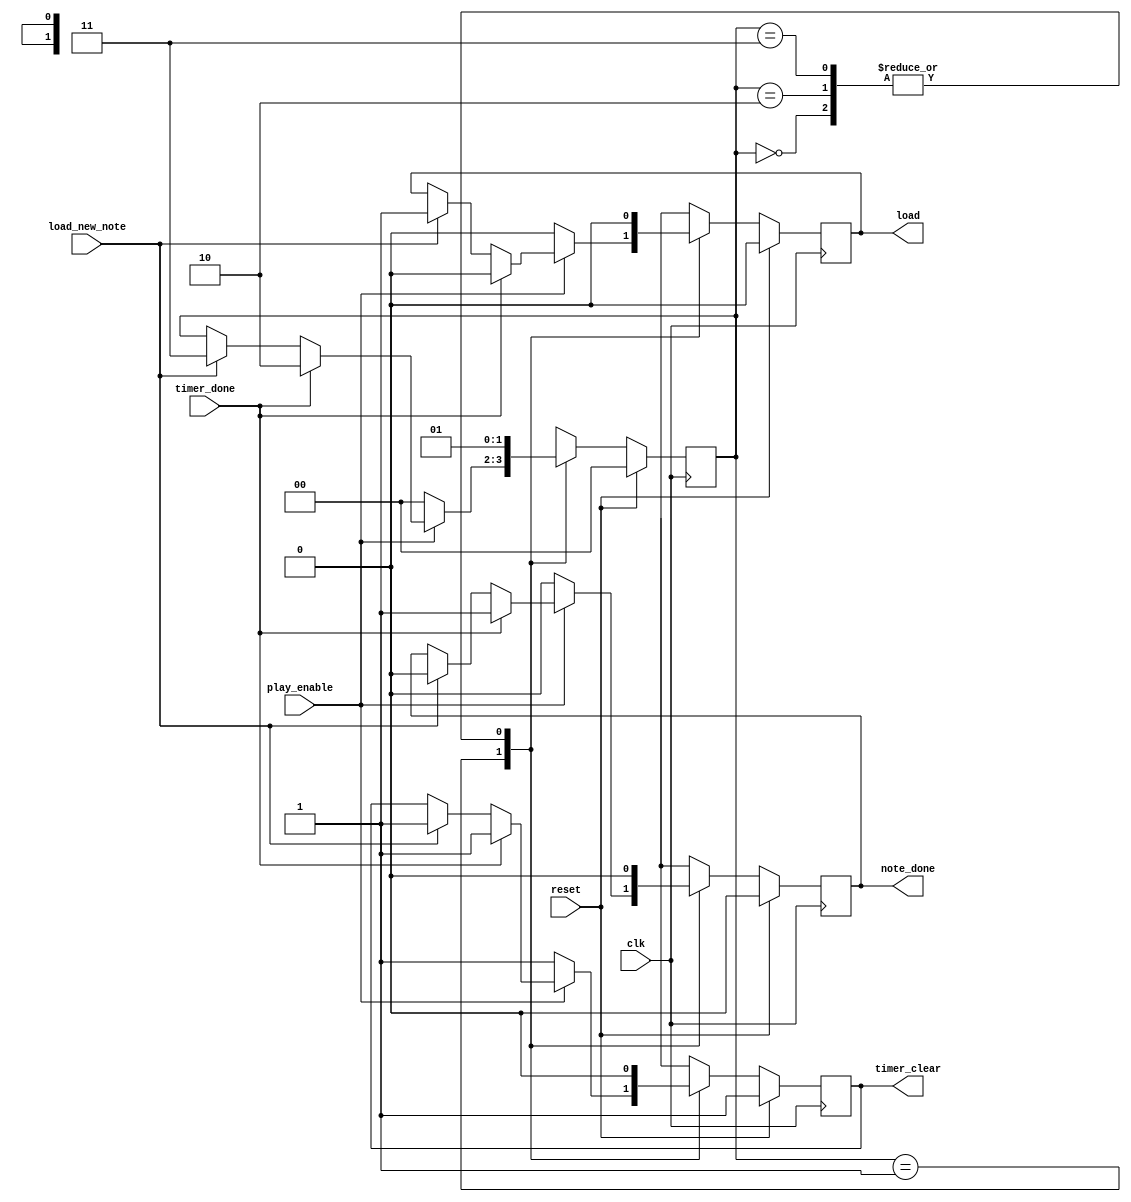
////////////////////////////////////////////////////////////////////////////////
// Company: zju
////////////////////////////////////////////////////////////////////////////////

module note_player_controler(clk,reset,play_enable,load_new_note,timer_done,timer_clear,load,note_done);
	parameter RESET = 2'b00, WAIT = 2'b01, DONE = 2'b10, LOAD = 2'b11;		//states
	input clk,reset,play_enable,load_new_note,timer_done;
	output reg note_done,timer_clear,load;
	
	reg [1:0] state = RESET;
	
	always @(posedge clk) begin
		if(reset) begin
			state = RESET;
			timer_clear = 1;
			load = 0;
			note_done = 0;
		end
		else begin
			case(state)
				RESET: begin
					state =WAIT;
					timer_clear = 0;
					load = 0;
					note_done = 0;
				end
				WAIT: begin
					if(~play_enable) begin
						state = RESET;
						timer_clear = 1;
						load = 0;
						note_done = 0;
					end
					else if(timer_done) begin
						state = DONE;
						timer_clear = 1;
						load = 0;
						note_done = 1;
					end
					else if(load_new_note) begin
						state = LOAD;
						timer_clear = 1;
						load = 1;
						note_done = 0;
					end
				end
				DONE: begin
					state = WAIT;
					timer_clear = 0;
					load = 0;
					note_done = 0;
				end
				LOAD: begin
					state = WAIT;
					timer_clear = 0;
					load = 0;
					note_done = 0;
				end
				default: begin
					state = WAIT;
					timer_clear = 0;
					load = 0;
					note_done = 0;
				end
			endcase
		end
	end
	
endmodule